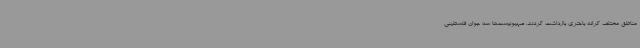
مناطق مختلف کرانه باختری بازداشت کردند. صهیونیست‌ها سه جوان فلسطینی